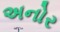
અનોર